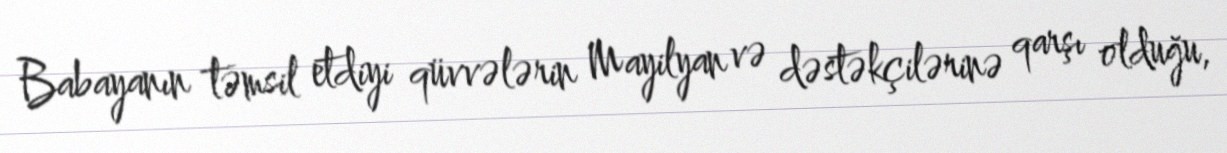
Babayanın təmsil etdiyi qüvvələrin Mayilyan və dəstəkçilərinə qarşı olduğu,